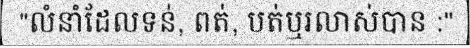
"លំនាំដែលទន់, ពត់, បត់ឬរលាស់បាន :"